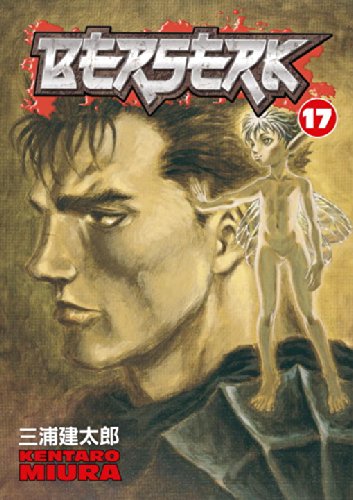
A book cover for Berserk, Vol. 17; Kentaro Miura; Comics & Graphic Novels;